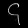
Digit: ၄